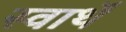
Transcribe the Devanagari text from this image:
स्वार्थें